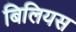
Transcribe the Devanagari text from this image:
बिलियस